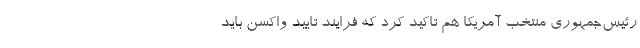
رئیس‌جمهوری منتخب آمریکا هم تاکید کرد که فرایند تایید واکسن باید